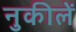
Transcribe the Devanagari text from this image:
नुकीलें